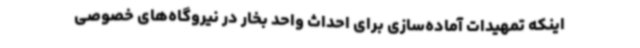
اینکه تمهیدات آماده‌سازی برای احداث واحد بخار در نیروگاه‌های خصوصی